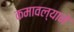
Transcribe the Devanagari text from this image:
कमावल्याने